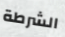
الشرطة